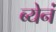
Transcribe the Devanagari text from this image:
ब्येनं